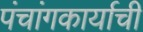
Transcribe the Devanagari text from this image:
पंचांगकार्याची